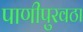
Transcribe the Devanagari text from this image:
पाणीपुरवठा